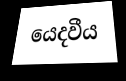
යෙදවීය